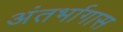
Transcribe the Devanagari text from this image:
अंतर्भागास